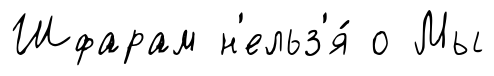
Шфарам н'ельз'я́ о Мы